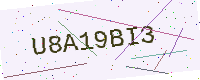
Text: U8A19BI3